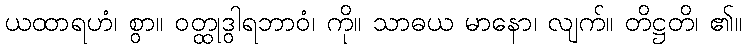
ယထာရဟံ၊ စွာ။ ဝတ္ထုဒွါရဘာဝံ၊ ကို။ သာဓယ မာနော၊ လျက်။ တိဋ္ဌတိ၊ ၏။